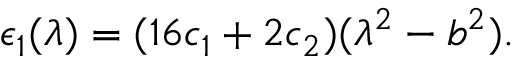
\epsilon _ { 1 } ( \lambda ) = ( 1 6 c _ { 1 } + 2 c _ { 2 } ) ( \lambda ^ { 2 } - b ^ { 2 } ) .